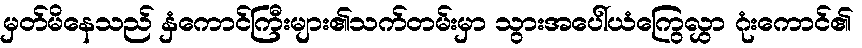
မှတ်မိနေသည် နှံကောင်ကြီးများ၏သက်တမ်းမှာ သွားအပေါ်ယံကြွေလွှာ ဂုံးကောင်၏